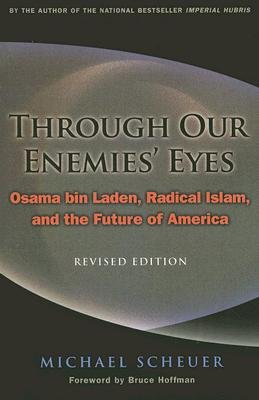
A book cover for Through Our Enemies' Eyes: Osama Bin Laden, Radical Islam, and the Future of America [THROUGH OUR ENEMIES EYES REV/E]; Michael Scheuer; History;